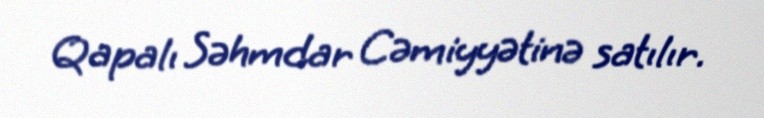
Qapalı Səhmdar Cəmiyyətinə satılır.